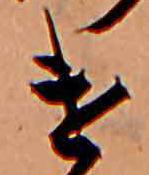
け